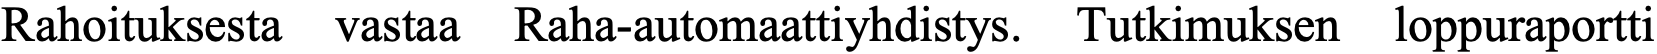
Rahoituksesta vastaa Raha-automaattiyhdistys. Tutkimuksen loppuraportti